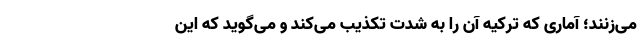
می‌زنند؛ آماری که ترکیه آن را به شدت تکذیب می‌کند و می‌گوید که این